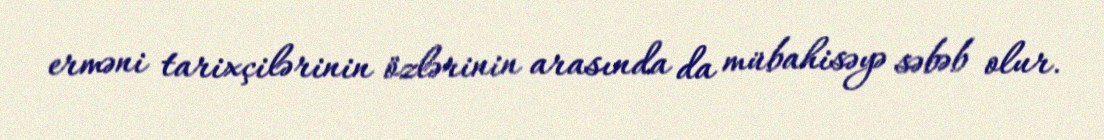
erməni tarixçilərinin özlərinin arasında da mübahisəyə səbəb olur.